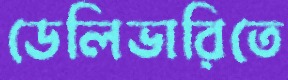
ডেলিভারিতে